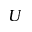
U